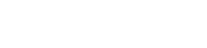
မင်း ကိုယ်တိုင် သွားပါ။